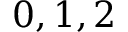
0 , 1 , 2